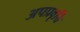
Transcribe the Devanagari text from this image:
अपप्रवृत्ति